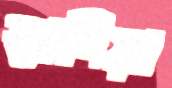
স্তাদিয়া